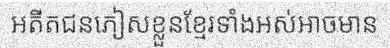
អតីតជនភៀសខ្លួនខ្មែរទាំងអស់អាចមាន